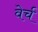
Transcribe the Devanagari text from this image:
वेर्च